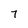
Character: 7